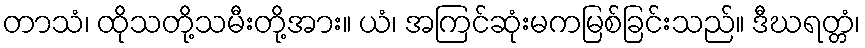
တာသံ၊ ထိုသတို့သမီးတို့အား။ ယံ၊ အကြင်ဆုံးမကမြစ်ခြင်းသည်။ ဒီဃရတ္တံ၊